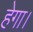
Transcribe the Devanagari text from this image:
हेगा।